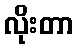
လိုးတာ